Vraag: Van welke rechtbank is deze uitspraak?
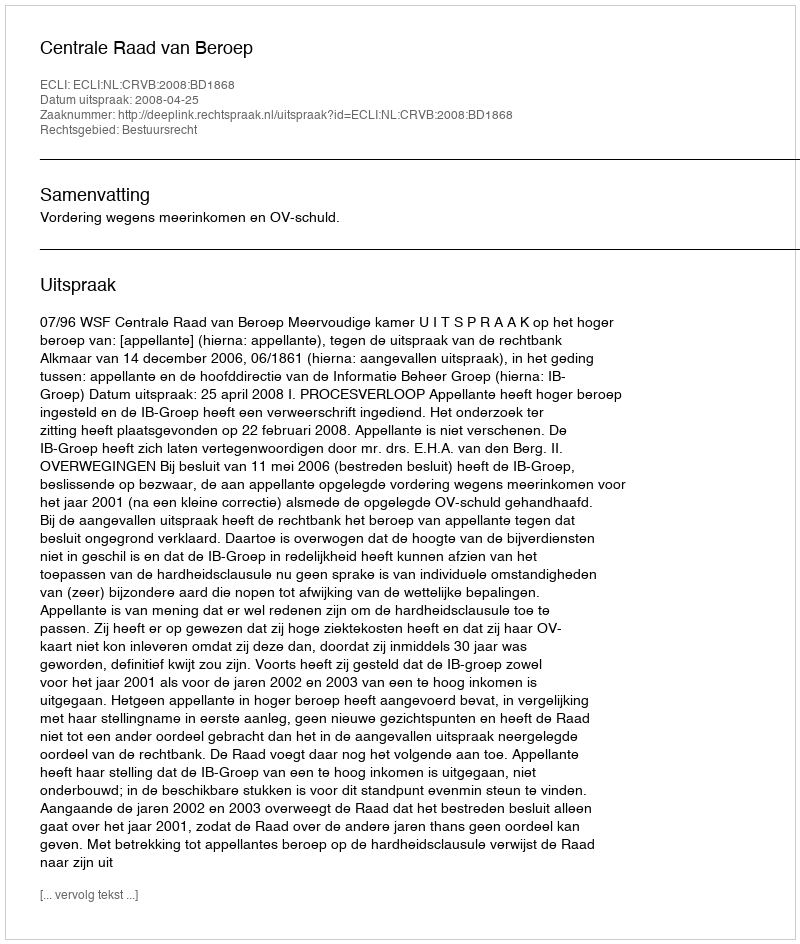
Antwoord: Centrale Raad van Beroep